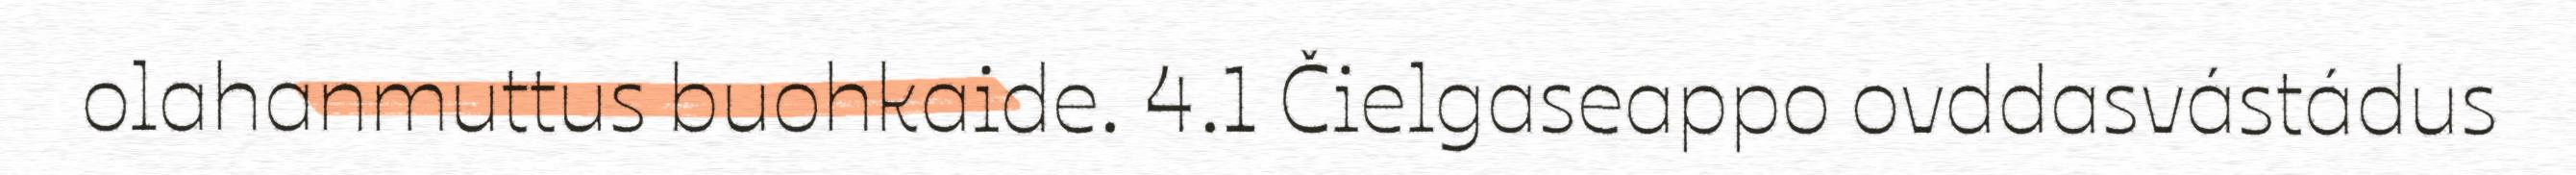
olahanmuttus buohkaide. 4.1 Čielgaseappo ovddasvástádus